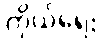
ကိုယ်ရေး